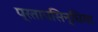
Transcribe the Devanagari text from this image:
प्रतापसिन्धिया